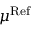
\mu ^ { \mathrm { R e f } }